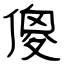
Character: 傻